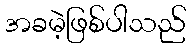
အခမဲ့ဖြစ်ပါသည်